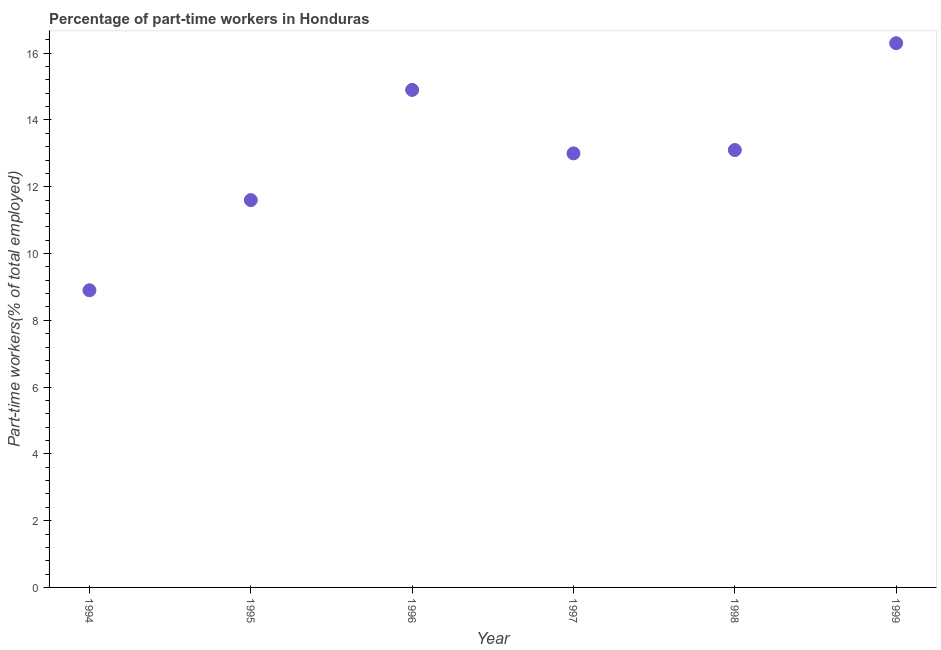
| Year | Part time employment |
 | --- | --- |
 | 1994 | 8.9 |
 | 1995 | 11.6 |
 | 1996 | 14.9 |
 | 1997 | 13 |
 | 1998 | 13.1 |
 | 1999 | 16.3 |